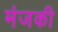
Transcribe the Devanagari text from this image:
मंजकी